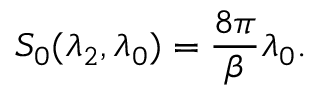
S _ { 0 } ( \lambda _ { 2 } , \lambda _ { 0 } ) = \frac { 8 \pi } { \beta } \lambda _ { 0 } .